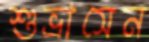
শুভ্রাসেন